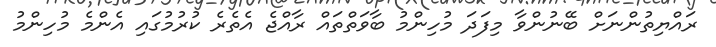
ރައްޔިތުންނަށް ބޭނުންވާ މިފަދަ މުހިންމު ބާވަތްތައް ރާއްޖެ އެތެރެ ކުރުމުގައި އެންމެ މުހިންމު